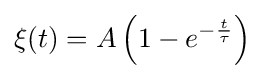
\xi (t)=A\left(1-e^{-{\frac {t}{\tau }}}\right)